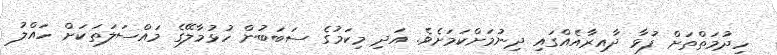
ހިދުމަތްތަށް ފުޅާ ދާއިރާއެއްގައި ދިނުމަށްކަމަށެވެ. އަދި މިކަމުގެ ސަބަބުން ހުޅުމާލޭގެ މައްސަލަތަކަށް ހައްލު